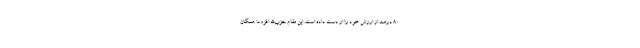
80 درصد از ارزش خود را از دست داده است. این مقام حزب‌الله افزود: همگان